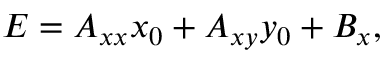
E = A _ { x x } x _ { 0 } + A _ { x y } y _ { 0 } + B _ { x } ,